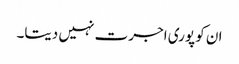
ان کو پوری اجرت نہیں دیتا۔